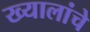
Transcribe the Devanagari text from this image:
ख्यालांचे